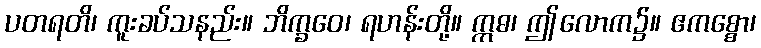
ပတရတိ၊ ကူးခပ်သနည်း။ ဘိက္ခဝေ၊ ရဟန်းတို့။ ဣဓ၊ ဤလောက၌။ ဧကစ္စော၊